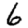
Digit: 6